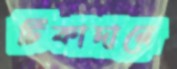
টিকাদানে